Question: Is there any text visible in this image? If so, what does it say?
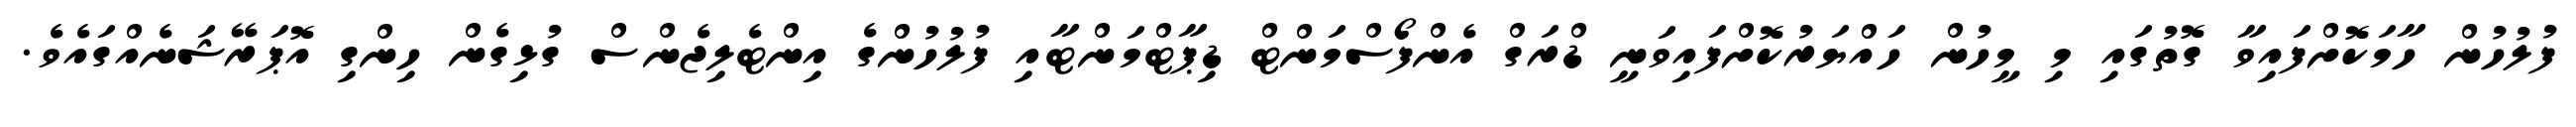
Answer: ފުލުހުން ހާމަކޮށްފައިވާ ގޮތުގައި މި މީހުން ހައްޔަރުކޮށްފައިވަނީ ޑްރަގް އެންފޯސްމަންޓް ޑިޕާޓްމަންޓާއި ފުލުހުންގެ އިންޓެލިޖެންސް ގުޅިގެން ހިންގި އޮޕަރޭޝަނެއްގައެވެ.